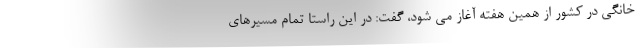
خانگی در کشور از همین هفته آغاز می شود، گفت: در این راستا تمام مسیرهای